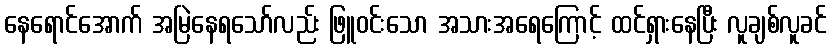
နေရောင်အောက် အမြဲနေရသော်လည်း ဖြူဝင်းသော အသားအရေကြောင့် ထင်ရှားနေပြီး လူချစ်လူခင်